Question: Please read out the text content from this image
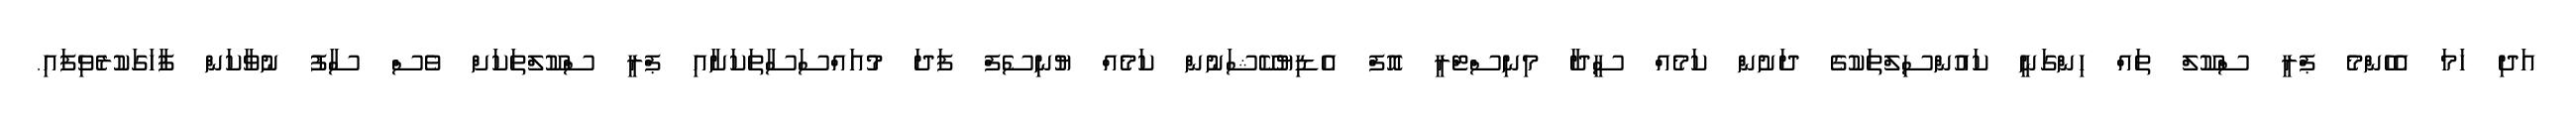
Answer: އަދި ހަމަ އެހެންމެ ޕްރީ ސްކޫލް ތައް ހިންގަނީ ކައުންސިލްތަކުގެ ދަށުން ކަމެއް ސީދާ މިނިސްޓްރީ އޮފް އެޑިޔުކޭޝަނުން ކަމެއް ޔުނިސެފް ފަދަ މުއައްސަސާތަކަށާއި ޕްރީ ސްކޫލްތަކަށް ވެސް ސާފު ނުވާކަން ފާހަގަކުރެވިފައި.